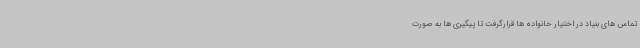
تماس های بنیاد در اختیار خانواده ها قرارگرفت تا پیگیری ها به صورت